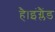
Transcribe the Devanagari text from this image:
है।इंग्लैंड